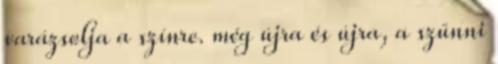
varázsolja a színre. még újra és újra, a szűnni